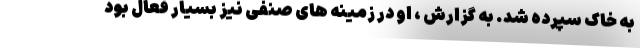
به خاک سپرده شد. به گزارش ، او در زمینه های صنفی نیز بسیار فعال بود